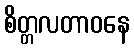
စိတ္တလတာဝနေ